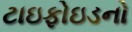
ટાઇફોઇડનો